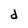
Character: d